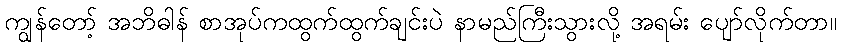
ကျွန်တော့် အဘိဓါန် စာအုပ်ကထွက်ထွက်ချင်းပဲ နာမည်ကြီးသွားလို့ အရမ်း ပျော်လိုက်တာ။